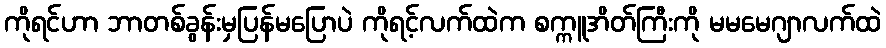
ကိုရင်ဟာ ဘာတစ်ခွန်းမှပြန်မပြောပဲ ကိုရင့်လက်ထဲက စက္ကူအိတ်ကြီးကို မမမေဂျာလက်ထဲ